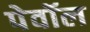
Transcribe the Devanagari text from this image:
पेवॉल